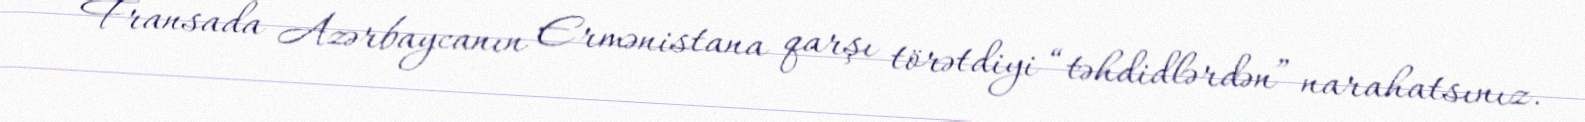
Fransada Azərbaycanın Ermənistana qarşı törətdiyi “təhdidlərdən” narahatsınız.